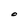
Character: O